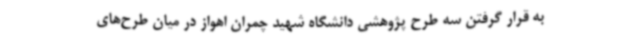
به قرار گرفتن سه طرح پژوهشی دانشگاه شهید چمران اهواز در میان طرح‌های